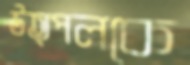
উত্পলকে